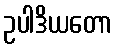
ဥပါဒိယတော